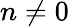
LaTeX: n\neq 0